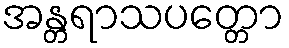
အန္တရာသပတ္တော